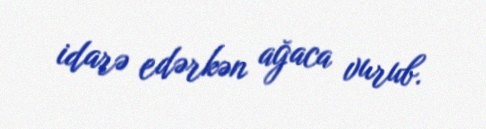
idarə edərkən ağaca vurub.